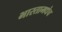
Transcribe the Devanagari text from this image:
भारतामधेच